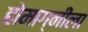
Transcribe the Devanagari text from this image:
होमाग्नीला